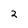
Character: 2